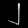
Digit: ၂